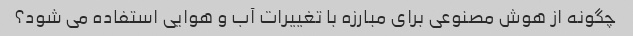
چگونه از هوش مصنوعی برای مبارزه با تغییرات آب و هوایی استفاده می شود؟